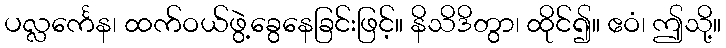
ပလ္လင်္ကေန၊ ထက်ဝယ်ဖွဲ့ခွေနေခြင်းဖြင့်။ နိသိဒိတွာ၊ ထိုင်၍။ ဧဝံ၊ ဤသို့။